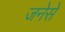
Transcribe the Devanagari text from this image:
जनेसे